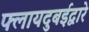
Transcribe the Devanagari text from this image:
फ्लायदुबईद्वारे